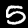
Digit: 5